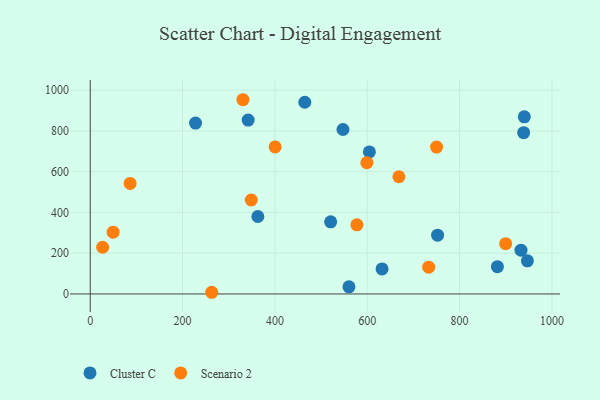
{"axis": {"x": "Experience", "y": "Rating"}, "legend": ["Cluster C", "Scenario 2"], "data": [{"x": "560.3", "y": 34.8, "type": "Cluster C"}, {"x": "938.7", "y": 791.3, "type": "Cluster C"}, {"x": "520.7", "y": 353.9, "type": "Cluster C"}, {"x": "752.3", "y": 288.5, "type": "Cluster C"}, {"x": "464.7", "y": 940.5, "type": "Cluster C"}, {"x": "342.0", "y": 853.1, "type": "Cluster C"}, {"x": "940.2", "y": 869.2, "type": "Cluster C"}, {"x": "604.6", "y": 697.0, "type": "Cluster C"}, {"x": "933.0", "y": 214.9, "type": "Cluster C"}, {"x": "547.4", "y": 806.7, "type": "Cluster C"}, {"x": "363.0", "y": 380.0, "type": "Cluster C"}, {"x": "946.8", "y": 162.4, "type": "Cluster C"}, {"x": "228.0", "y": 838.1, "type": "Cluster C"}, {"x": "632.0", "y": 122.7, "type": "Cluster C"}, {"x": "881.9", "y": 133.8, "type": "Cluster C"}, {"x": "263.1", "y": 8.2, "type": "Scenario 2"}, {"x": "750.1", "y": 720.5, "type": "Scenario 2"}, {"x": "599.1", "y": 643.9, "type": "Scenario 2"}, {"x": "733.0", "y": 131.4, "type": "Scenario 2"}, {"x": "899.7", "y": 246.4, "type": "Scenario 2"}, {"x": "348.7", "y": 461.0, "type": "Scenario 2"}, {"x": "400.4", "y": 721.2, "type": "Scenario 2"}, {"x": "577.5", "y": 338.9, "type": "Scenario 2"}, {"x": "86.3", "y": 542.3, "type": "Scenario 2"}, {"x": "49.5", "y": 303.1, "type": "Scenario 2"}, {"x": "26.8", "y": 229.2, "type": "Scenario 2"}, {"x": "330.7", "y": 952.9, "type": "Scenario 2"}, {"x": "668.5", "y": 575.0, "type": "Scenario 2"}]}